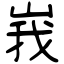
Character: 峩